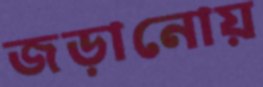
জড়ানোয়